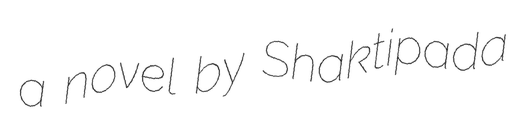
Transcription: a novel by Shaktipada